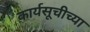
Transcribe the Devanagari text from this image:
कार्यसूचीच्या